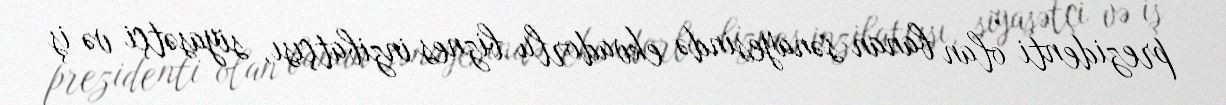
prezidenti olan banan sənayesində ekvadorlu biznes inzibatçısı, siyasətçi və iş